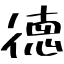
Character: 徳